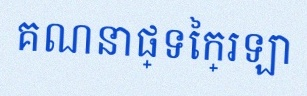
គណនាផ្ទៃក្រឡា